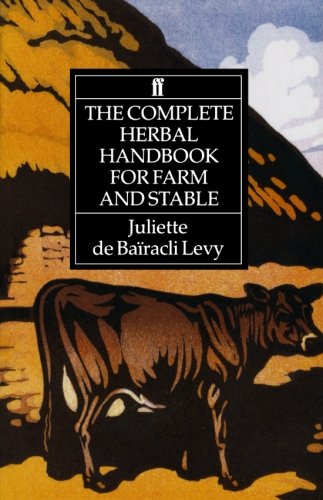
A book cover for The Complete Herbal Handbook for Farm and Stable; Juliette de BaÃ¯racli Levy; Crafts, Hobbies & Home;